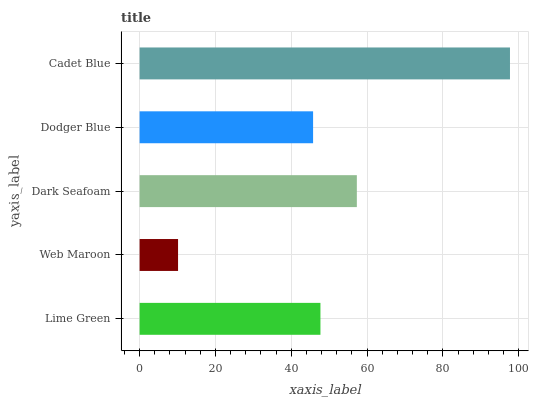
| yaxis_label | bars |
 | --- | --- |
 | Lime Green | 47.7 |
 | Web Maroon | 10.1 |
 | Dark Seafoam | 57.3 |
 | Dodger Blue | 45.7 |
 | Cadet Blue | 97.7 |